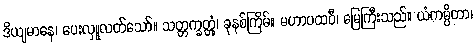
ဒိယျမာနေ၊ ပေးလှူလတ်သော်။ သတ္တက္ခတ္တုံ၊ ခုနစ်ကြိမ်။ မဟာပထဝီ၊ မြေကြီးသည်။ ယံကမ္ပိတာ၊